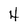
Character: 4